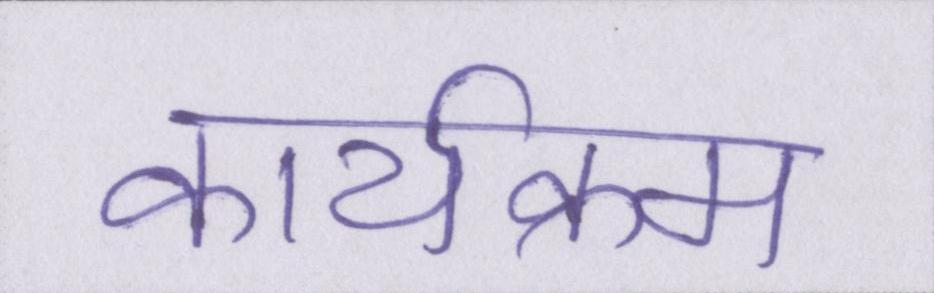
कार्यक्रम